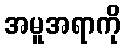
အမူအရာကို